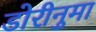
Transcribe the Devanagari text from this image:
डोरीनुमा